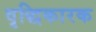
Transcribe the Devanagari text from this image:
वृद्धिकारक